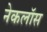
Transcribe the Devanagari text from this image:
नेकलॉस